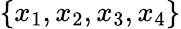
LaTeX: \{ x_{1},x_{2},x_{3},x_{4}\}